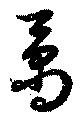
矞